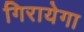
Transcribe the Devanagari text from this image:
गिरायेगा